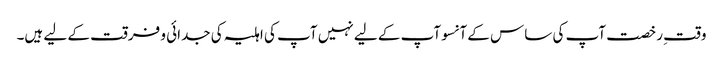
وقتِ رخصت آپ کی ساس کے آنسوآپ کے لیے نہیں آپ کی اہلیہ کی جدائی و فرقت کے لیے ہیں۔